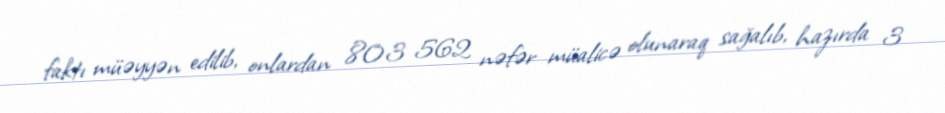
faktı müəyyən edilib, onlardan 803 562 nəfər müalicə olunaraq sağalıb, hazırda 3